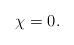
LaTeX: \begin{align*}\chi=0.\end{align*}